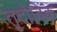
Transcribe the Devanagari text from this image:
तृदोविक